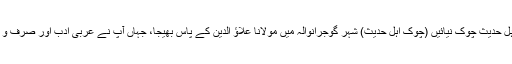
تکمیل حفظ کے بعد جامع مسجد اہل حدیث چوک نیائیں (چوک اہل حدیث) شہر گوجرانوالہ میں مولانا علاؤ الدین کے پاس بھیجا، جہاں آپ نے عربی ادب اور صرف و نحو کی چند ابتدائی کتابیں پڑھیں۔